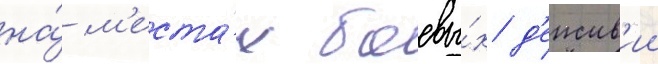
на́ м'еста́х боевы́х д'еиств'ии